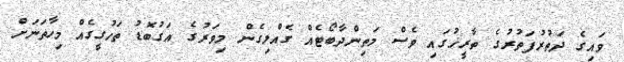
ވައިގެ ދަތުރުފަތުރުގެ ތާރީޚުގައި ވެސް މަތިންދާބޯޓެއް ގެއްލިގެން މިވަރުގެ އަގުބޮޑު ތަހުގީގެއް މިހާތަނަށް